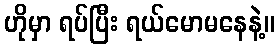
ဟိုမှာ ရပ်ပြီး ရယ်မောမနေနဲ့။